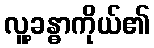
လူ့ခန္ဓာကိုယ်၏